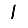
Digit: 1